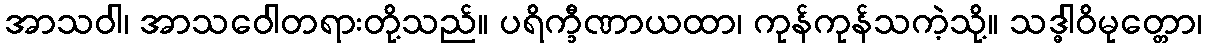
အာသဝါ၊ အာသဝေါတရားတို့သည်။ ပရိက္ခီဏာယထာ၊ ကုန်ကုန်သကဲ့သို့။ သဒ္ဓါဝိမုတ္တော၊